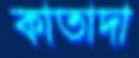
কাতাদা